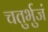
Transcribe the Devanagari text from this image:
चतुर्भुजं